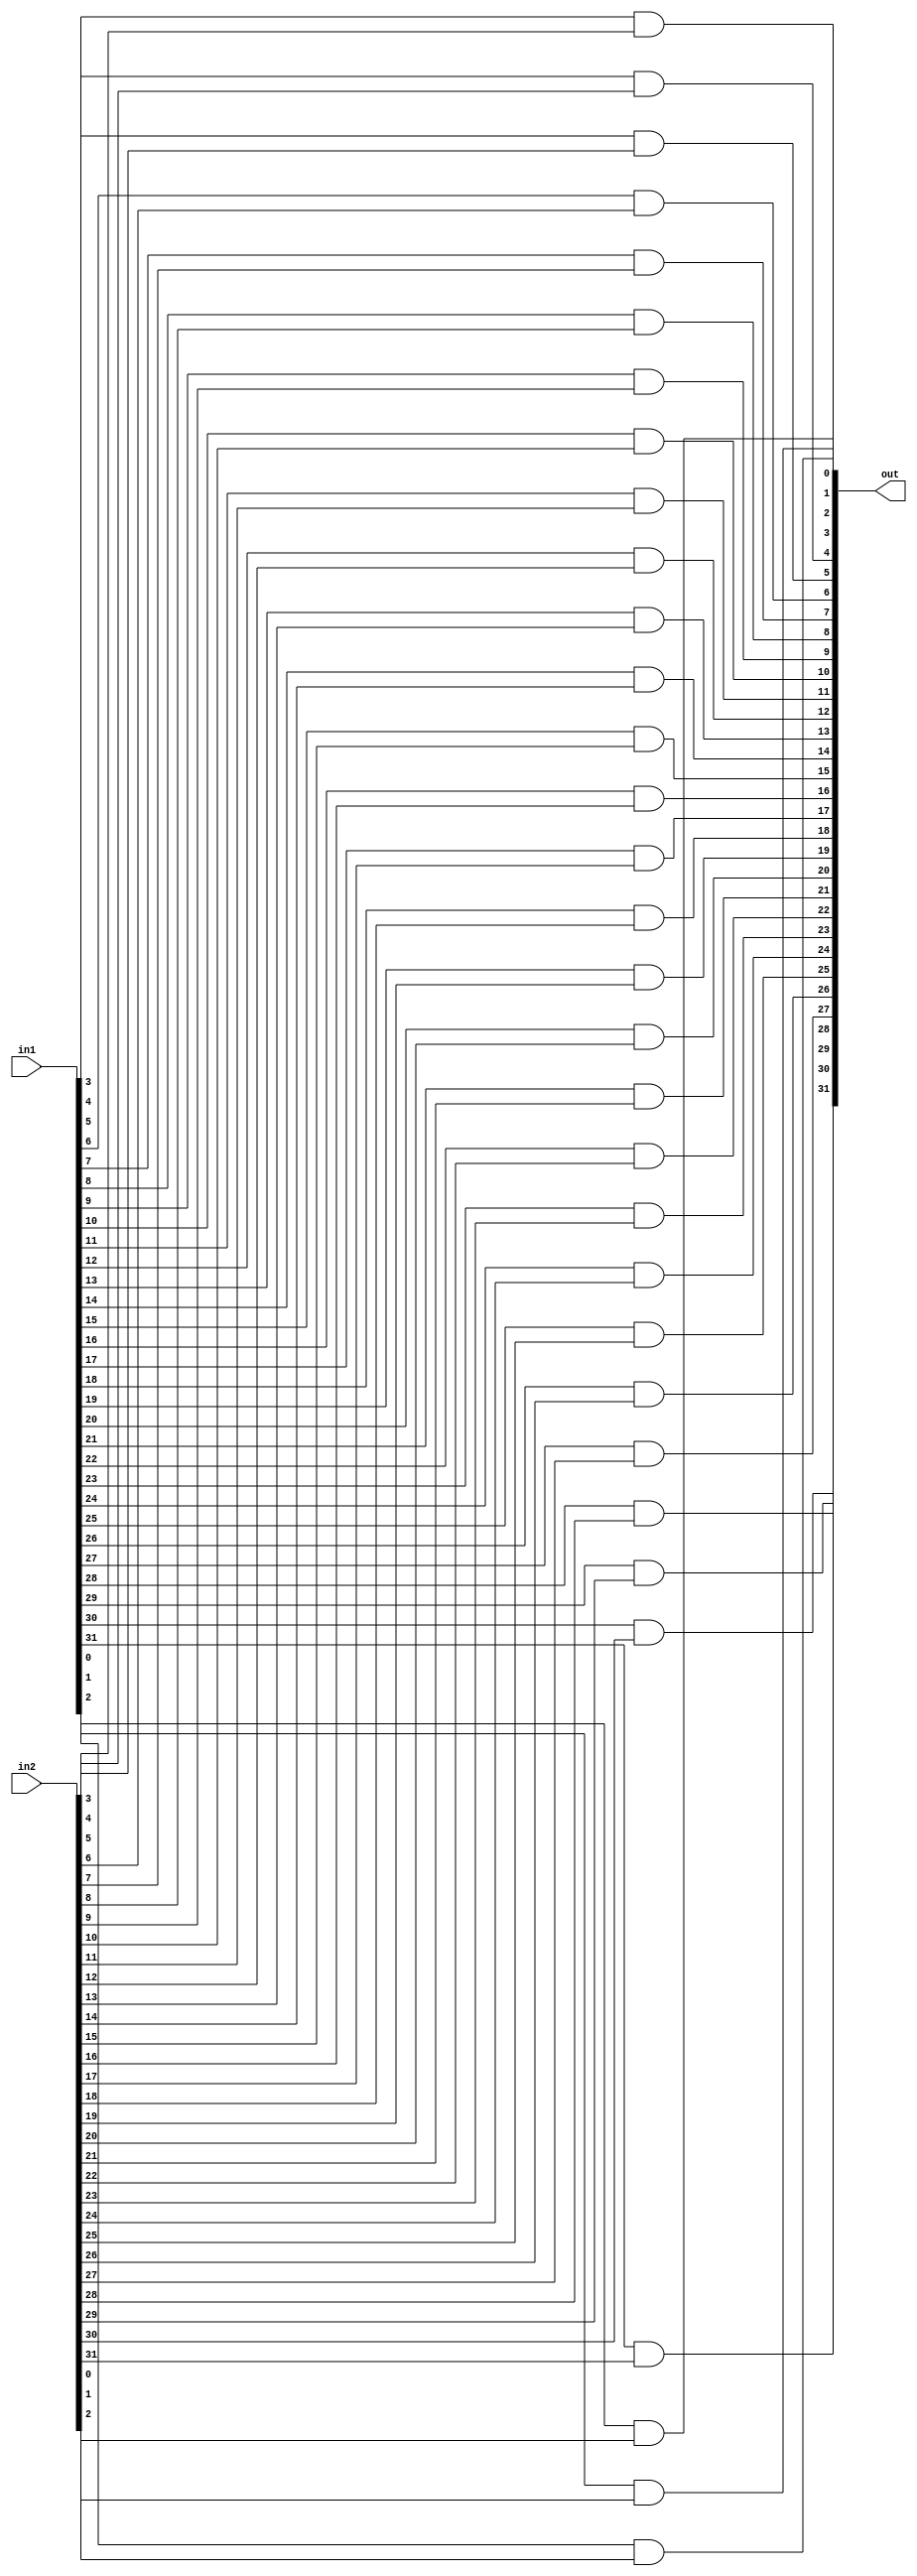
module AND(in1,in2,out);//and operator

input [31:0] in1;
input [31:0] in2;
output [31:0] out;

and A0(out[0],in1[0],in2[0]);
and A1(out[1],in1[1],in2[1]);
and A2(out[2],in1[2],in2[2]);
and A3(out[3],in1[3],in2[3]);
and A4(out[4],in1[4],in2[4]);
and A5(out[5],in1[5],in2[5]);
and A6(out[6],in1[6],in2[6]);
and A7(out[7],in1[7],in2[7]);
and A8(out[8],in1[8],in2[8]);
and A9(out[9],in1[9],in2[9]);
and A10(out[10],in1[10],in2[10]);
and A11(out[11],in1[11],in2[11]);
and A12(out[12],in1[12],in2[12]);
and A13(out[13],in1[13],in2[13]);
and A14(out[14],in1[14],in2[14]);
and A15(out[15],in1[15],in2[15]);
and A16(out[16],in1[16],in2[16]);
and A17(out[17],in1[17],in2[17]);
and A18(out[18],in1[18],in2[18]);
and A19(out[19],in1[19],in2[19]);
and A20(out[20],in1[20],in2[20]);
and A21(out[21],in1[21],in2[21]);
and A22(out[22],in1[22],in2[22]);
and A23(out[23],in1[23],in2[23]);
and A24(out[24],in1[24],in2[24]);
and A25(out[25],in1[25],in2[25]);
and A26(out[26],in1[26],in2[26]);
and A27(out[27],in1[27],in2[27]);
and A28(out[28],in1[28],in2[28]);
and A29(out[29],in1[29],in2[29]);
and A30(out[30],in1[30],in2[30]);
and A31(out[31],in1[31],in2[31]);

endmodule